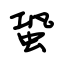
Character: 蛩